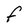
Character: F